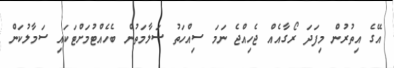
އޭގެ އިތުރުން މިފަދަ ރޯގާއެއް ޖެހިއްޖެ ނަމަ ސިއްހަތު ސަލާމަތުން ބެހެއްޓުމަށްޓަކައި ސަމާލުކަން